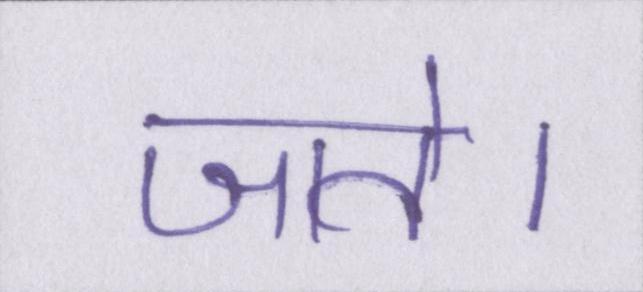
जाते।